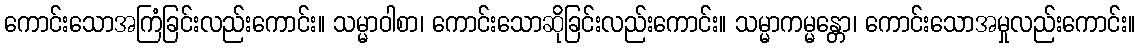
ကောင်းသောအကြံခြင်းလည်းကောင်း။ သမ္မာဝါစာ၊ ကောင်းသောဆိုခြင်းလည်းကောင်း။ သမ္မာကမ္မန္တော၊ ကောင်းသောအမှုလည်းကောင်း။